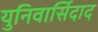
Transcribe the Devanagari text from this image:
युनिवार्सिदाद